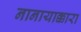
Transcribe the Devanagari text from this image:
नानायाक्कारा